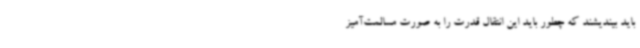
باید بیندیشند که چطور باید این انتقال قدرت را به صورت مسالمت‌آمیز